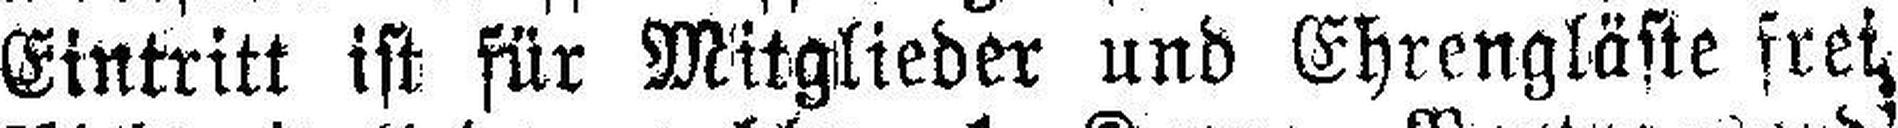
Eintritt ist für Mitglieder und Ehrengläste frei,